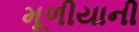
મૂળીયાની